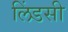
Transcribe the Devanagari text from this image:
लिंडसी